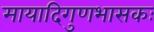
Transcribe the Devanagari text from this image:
मायादिगुणभासकः